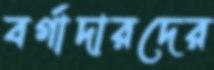
বর্গাদারদের